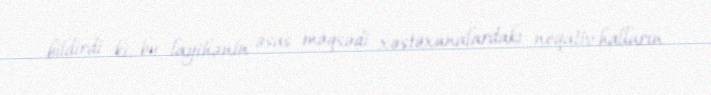
bildirdi ki, bu layihənin əsas məqsədi xəstəxanalardakı neqativ halların